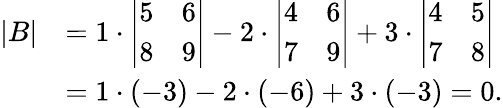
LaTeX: {\begin{array}{rl}{|B|}&{=1\cdot{\left|\begin{array}{ll}{5}&{6}\\ {8}&{9}\end{array}\right|}-2\cdot{\left|\begin{array}{ll}{4}&{6}\\ {7}&{9}\end{array}\right|}+3\cdot{\left|\begin{array}{ll}{4}&{5}\\ {7}&{8}\end{array}\right|}}\\ &{=1\cdot(-3)-2\cdot(-6)+3\cdot(-3)=0.}\end{array}}